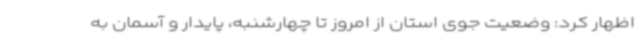
اظهار کرد: وضعیت جوی استان از امروز تا چهارشنبه، پایدار و آسمان به